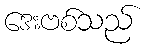
ဒေးဗစ်သည်